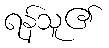
ရန်သူ၏